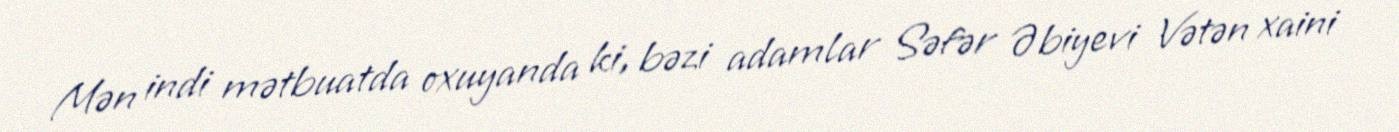
Mən indi mətbuatda oxuyanda ki, bəzi adamlar Səfər Əbiyevi Vətən xaini